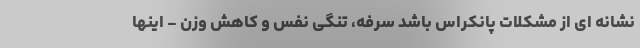
نشانه ای از مشکلات پانکراس باشد سرفه، تنگی نفس و کاهش وزن - اینها